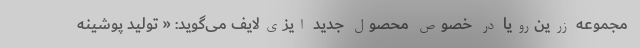
مجموعه زرین‌رویا در خصوص محصول جدید ایزی‌لایف می‌گوید: « تولید پوشینه